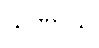
သုဏာသိ